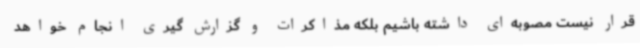
قرار نیست مصوبه‌ای داشته باشیم بلکه مذاکرات و گزارش گیری انجام خواهد